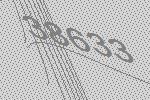
38633